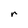
Character: r